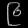
Digit: ၉